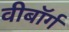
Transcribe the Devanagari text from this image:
वीबॉर्ग